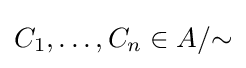
C_{1},\dots ,C_{n}\in A/{\sim }